Report of the King Institute of Preventive Medicine, Guindy
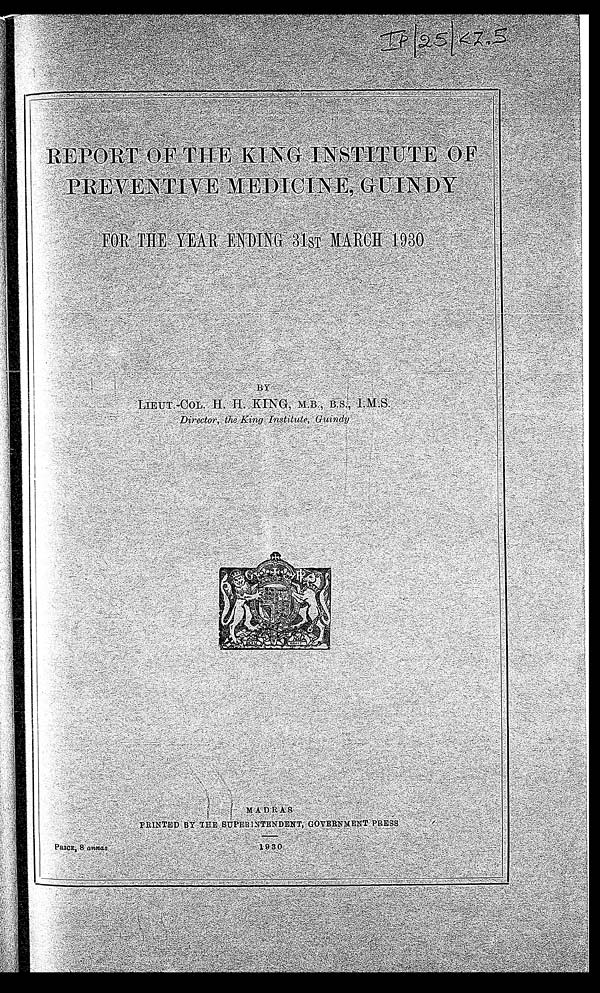
REPORT OF THE KING INSTITUTE OF
PREVENTIVE MEDICINE,GUINDY
FOR THE YEAR ENDING 31ST MARCH 1930
B Y
L I E U T . - C O L . H . H . K I N G , M . B . , B . S . , I . M . S
D i r e c t o r , t h e K i n g I n s t i t u t e , G u i n d y
PRICE, 8 annas
M A D R A S
P R I N T E D B Y T H E S U P E R I N T E N D E N T , G O V E R N M E N T P R E S S
1 9 3 0